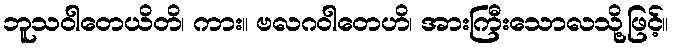
ဘူသဝါတေယိတိ၊ ကား။ ဗလဂဝါတေဟိ၊ အားကြီးသောလသို့ဖြင့်။